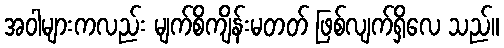
အဝါများကလည်း မျက်စိကျိန်းမတတ် ဖြစ်လျက်ရှိလေ သည်။